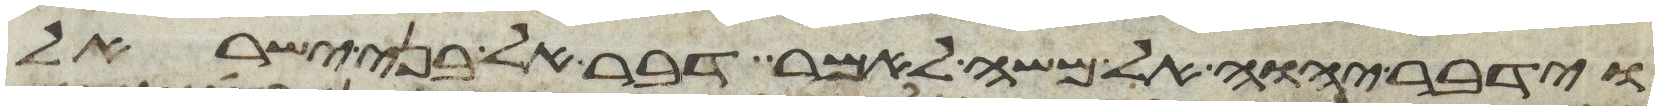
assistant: וידבר יהוה אל משה לאמר דבר אל בני ישראל